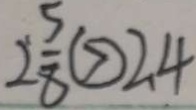
2 \frac { 5 } { 8 } \textcircled { > } 2 . 4